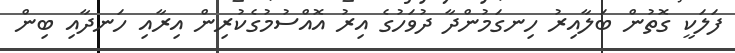
ފަލަކީ ގޮތުން ބަލާއިރު ހިނގަމުންދާ ދުވަހުގެ އިރު އޮއްސުމުގެކުރިން އިރާއި ހަނދާއި ބިން